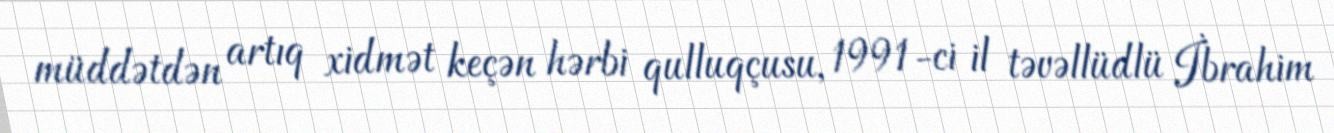
müddətdən artıq xidmət keçən hərbi qulluqçusu, 1991-ci il təvəllüdlü İbrahim